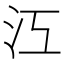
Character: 𣲅